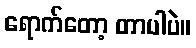
ရောက်တော့ တာပါပဲ။